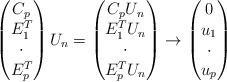
LaTeX: \begin{align*} \begin{pmatrix} C_p\\ E_1^T\\\cdot\\E_p^T \end{pmatrix}U_n= \begin{pmatrix} C_pU_n \\ E_1^TU_n \\\cdot\\E_p^TU_n \end{pmatrix}\rightarrow \begin{pmatrix} 0\\ u_1\\\cdot\\ u_p \end{pmatrix} \end{align*}